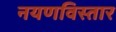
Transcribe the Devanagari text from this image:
नयणविस्तार